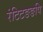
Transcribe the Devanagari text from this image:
रंटिटङङषि